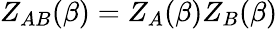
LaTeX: Z_{AB}(\beta)=Z_{A}(\beta)Z_{B}(\beta)